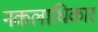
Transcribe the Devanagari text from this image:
नकलाधिकार